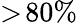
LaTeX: >\! 80\%